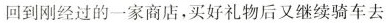
回到刚经过的一家商店，买好礼物后又继续骑车去